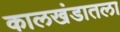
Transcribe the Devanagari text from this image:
कालखंडातला